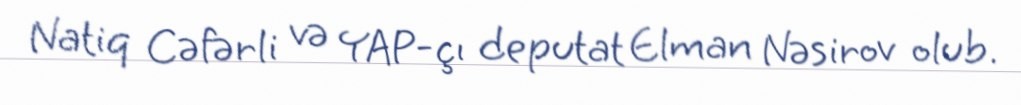
Natiq Cəfərli və YAP-çı deputat Elman Nəsirov olub.